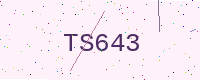
Text: TS643